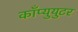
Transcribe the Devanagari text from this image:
काँप्युयुटर